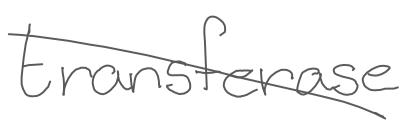
Text: transferase
Cross-out: diagonal
Writing tool: digital_gray